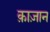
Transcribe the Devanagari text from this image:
क़ाज़ान